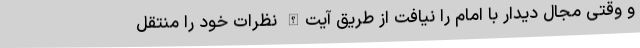
و وقتی مجال دیدار با امام را نیافت از طریق آیت‌الله نظرات خود را منتقل